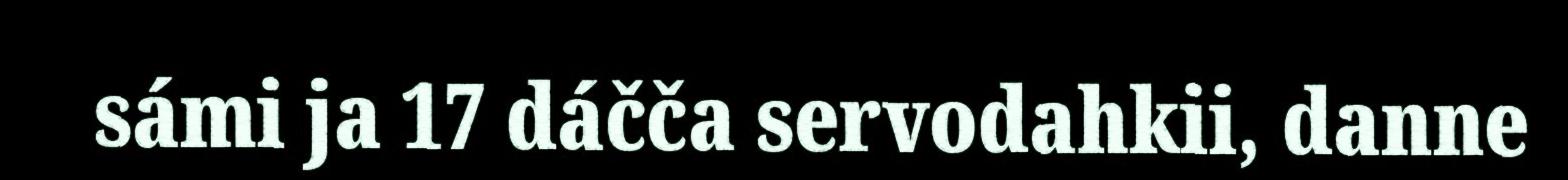
sámi ja 17 dáčča servodahkii, danne